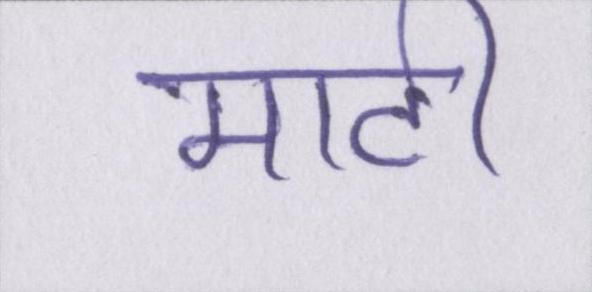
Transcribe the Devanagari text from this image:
माटी